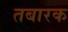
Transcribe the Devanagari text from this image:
तबारक